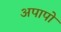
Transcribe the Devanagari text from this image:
अपापो